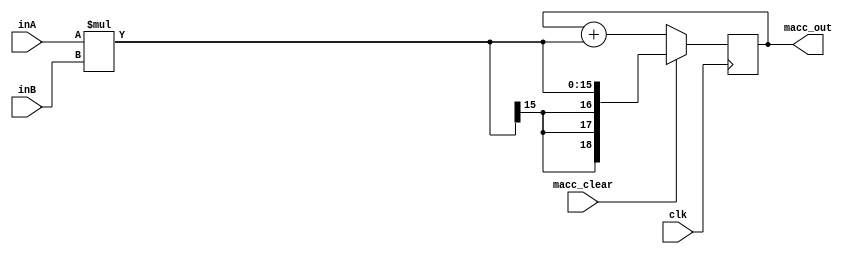
module mac(inA, inB, macc_clear, clk, macc_out);

	input	signed	[7:0]		inA, inB;
	input 						macc_clear, clk;

	reg signed	[18:0]			out, Product;
	
	output reg signed	[18:0]	macc_out;

	
	initial begin
		macc_out = 0;
		out = 0;
	end 
	
	always @ (posedge clk) begin
		Product = inA * inB;
		if(macc_clear)
			macc_out <= Product;
		else
			macc_out <= macc_out + Product;
	end

endmodule

	
	
	
	
//	wire				[18:0]		stage_Multi, stage_Plus, stage_MUX, cout;
	
	
//	singed_Multi stage_comp1 (inA, inB, stage_Multi);
//	singed_Plus stage_comp2 (stage_Multi, out, stage_Plus, 0 , cout);
//	two_One_MUX stage_comp3(stage_Multi, stage_Plus, macc_clear, stage_MUX);
//	d_Latch stage_comp4(stage_MUX, clk, out);
	
//	
//endmodule